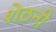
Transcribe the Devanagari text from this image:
शेठनी